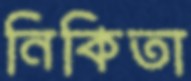
নিকিতা